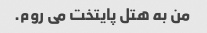
من به هتل پایتخت می روم.